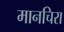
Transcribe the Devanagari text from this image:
मानचिरा